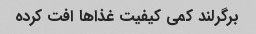
برگرلند کمی کیفیت غذاها افت کرده